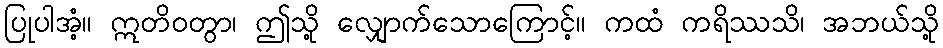
ပြုပါအံ့။ ဣတိဝတွာ၊ ဤသို့ လျှောက်သောကြောင့်။ ကထံ ကရိဿသိ၊ အဘယ်သို့